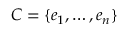
C = \{ e _ { 1 } , \ldots , e _ { n } \}